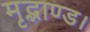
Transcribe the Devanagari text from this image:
मृद्भाण्ड।